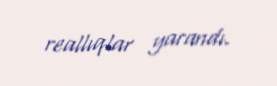
reallıqlar yarandı.